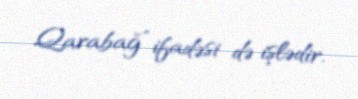
Qarabağ” ifadəsi də işlədir.